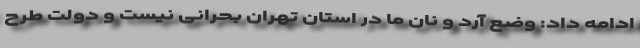
ادامه داد: وضع آرد و نان ما در استان تهران بحرانی نیست و دولت طرح